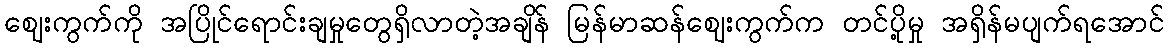
ဈေးကွက်ကို အပြိုင်ရောင်းချမှုတွေရှိလာတဲ့အချိန် မြန်မာဆန်ဈေးကွက်က တင်ပို့မှု အရှိန်မပျက်ရအောင်